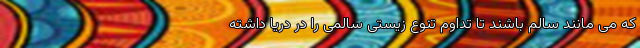
که می مانند سالم باشند تا تداوم تنوع زیستی سالمی را در دریا داشته